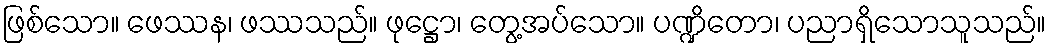
ဖြစ်သော။ ဖေဿန၊ ဖဿသည်။ ဖုဋ္ဌော၊ တွေ့အပ်သော။ ပဏ္ဍိတော၊ ပညာရှိသောသူသည်။